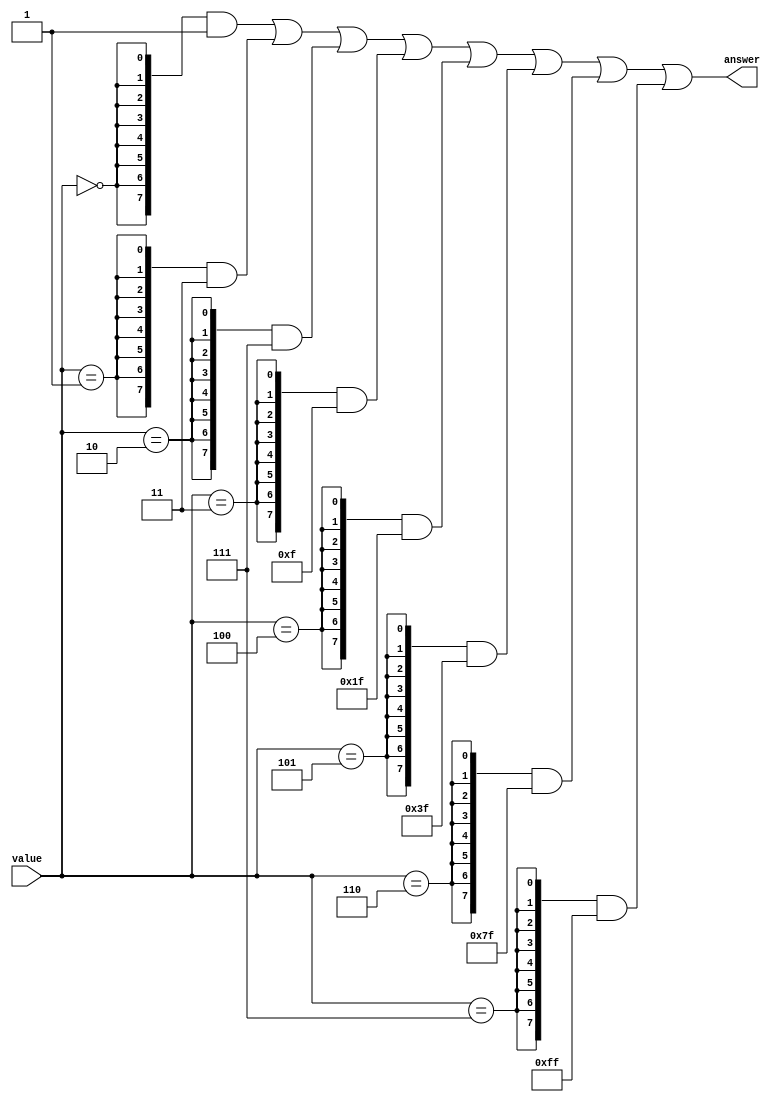
`timescale 1ns/100ps
module decoder_3to8_full
(
	input	[2:0]	value,
	output	[7:0]	answer
);
	assign answer = ({8{value == 3'b000}} & 8'b00000001) |
					({8{value == 3'b001}} & 8'b00000011) |
					({8{value == 3'b010}} & 8'b00000111) |
					({8{value == 3'b011}} & 8'b00001111) |
					({8{value == 3'b100}} & 8'b00011111) |
					({8{value == 3'b101}} & 8'b00111111) |
					({8{value == 3'b110}} & 8'b01111111) |
					({8{value == 3'b111}} & 8'b11111111);
endmodule